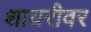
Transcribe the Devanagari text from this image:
शायरीवर